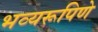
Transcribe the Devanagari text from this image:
भव्यरूपिणे